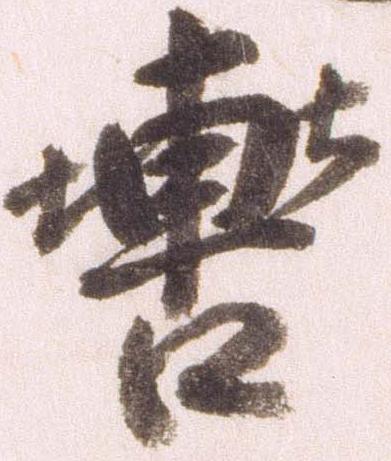
轡